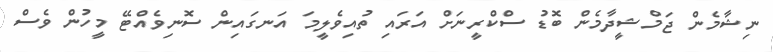
ނިޝާމެން ޖަމްޝީދާމެން ބޮޑު ސްކްރީނަށް އަރައި ތުއިވެލީމަ އަނގައިން ސޮނިވެއްޓޭ މީހުން ވެސް